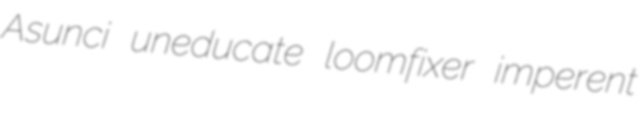
Asunci uneducate loomfixer imperent